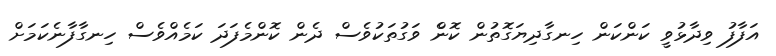
އަފާފު ވިދާޅުވީ ކަންކަން ހިނގާދިޔަގޮތުން ކޮންެ ވަގުތަކުވެސް ދެން ކޮންމެފަދަ ކަމެއްވެސް ހިނގާފާނެކަމަށް